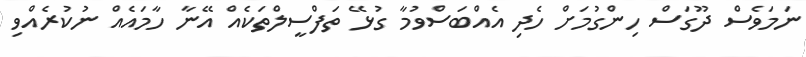
ނަމަވެސް ދޫގަސް ހިންގުމަށް ހެދި އެއްބަސްވުމާ ގުޅޭ ތަފްސީލްތަކެއް އޭނާ ހާމައެއް ނުކުރެއްވި